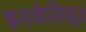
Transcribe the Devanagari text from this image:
इनजेनीयूर